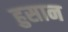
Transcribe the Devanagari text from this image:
हुसान